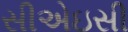
સીએઇસી